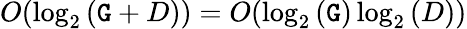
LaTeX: O(\log_{2}{(\mathtt{G}+D)})=O(\log_{2}{(\mathtt{G})}\log_{2}{(D)})